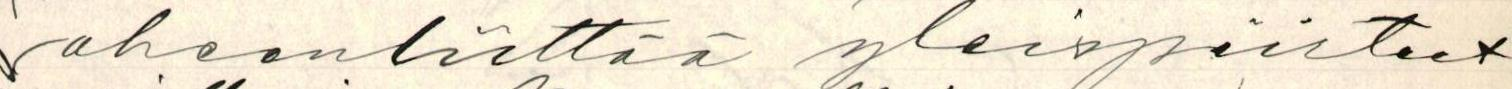
oheenliittää yleispiirteet